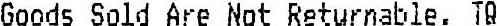
GOODS SOLD ARE NOT RETURNABLE. TQ